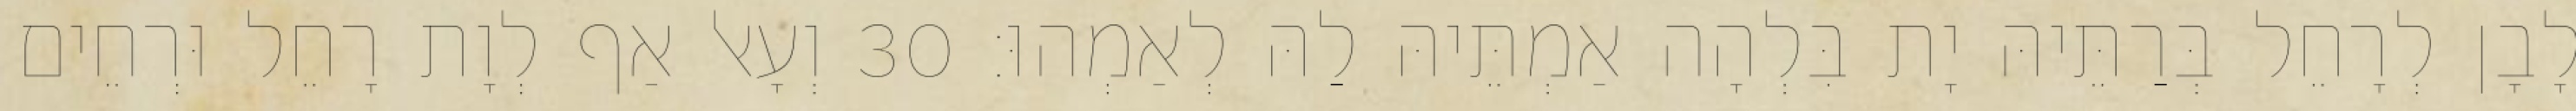
לָבָן לְרָחֵל בְּרַתֵּיהּ יָת בִּלְהָה אַמְתֵּיהּ לַהּ לְאַמְהוּ׃ 30 וְעָאל אַף לְוָת רָחֵל וּרְחֵים